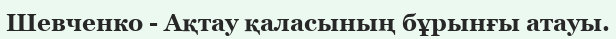
Шевченко - Ақтау қаласының бұрынғы атауы.